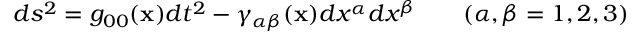
d s ^ { 2 } = g _ { 0 0 } ( { \bf x } ) d t ^ { 2 } - \gamma _ { \alpha \beta } ( { \bf x } ) d x ^ { \alpha } d x ^ { \beta } \qquad ( \alpha , \beta = 1 , 2 , 3 )